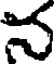
న